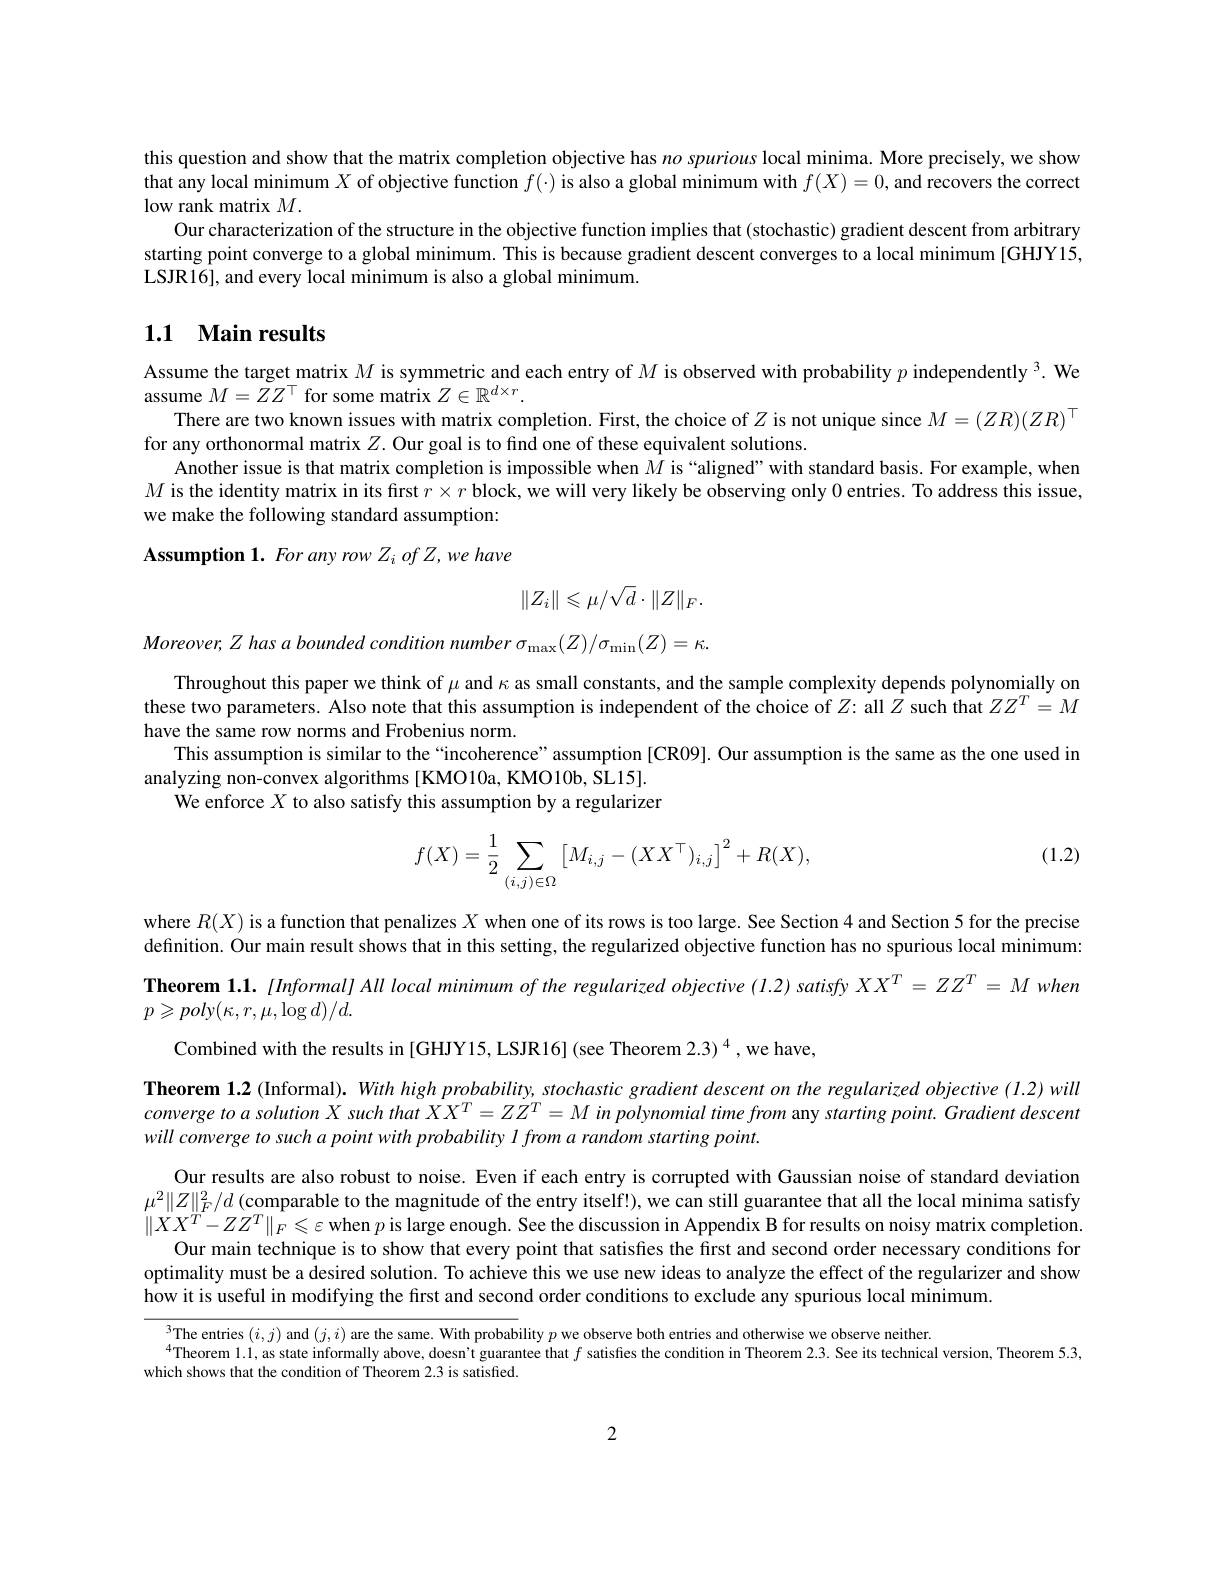
this question and show that the matrix completion objective has $no$ spurious local minima. More precisely, we show that any local minimum $X$ of objective function $f(\cdot)$ is also a global minimum with $f(X)=0$, and recovers the correct low rank matrix $M.$
Our characterization of the structure in the objective function implies that (stochastic) gradient descent from arbitrary starting point converge to a global minimum. This is because gradient descent converges to a local minimum [GHJY15, LSJR16], and every local minimum is also a global minimum.

# 1.1 Main results

Assume the target matrix $M$ is symmetric and each entry of $M$ is observed with probability $p\text{ independently }^3.$ We
assume $M=ZZ^\top$ for some matrix $Z\in\mathbb{R}^d\times r.$
There are two known issues with matrix completion. First, the choice of $Z$ is not unique since $M=(ZR)(ZR)^\top$
for any orthonormal matrix $Z.$ Our goal is to find one of these equivalent solutions.
Another issue is that matrix completion is impossible when $M$ is “aligned”with standard basis. For example, when $M$ is the identity matrix in its first $r\times r$ block, we will very likely be observing only 0 entries. To address this issue, we make the following standard assumption: Assumption 1. For any row $Z_{i}\textit{ of Z, we have}$
$$\|Z_i\|\leqslant\mu/\sqrt{d}\cdot\|Z\|_F.$$
$Moreover,Z$ has a bounded condition number $\sigma_{\mathrm{max}}(Z)/\sigma_{\mathrm{min}}(Z)=\kappa.$

Throughout this paper we think of $\mu$ and $\kappa$ as small constants, and the sample complexity depends polynomially on these two parameters. Also note that this assumption is independent of the choice of $Z:$ all $\hat{Z}$ such that $ZZ^T=M$ have the same row norms and Frobenius norm.
This assumption is similar to the “incoherence”assumption [CR09]. Our assumption is the same as the one used in
analyzing non-convex algorithms[KMO10a, KMO10b, SL15].
We enforce $X$ to also satisfy this assumption by a regularizer

(1.2)
$$f(X)=\dfrac{1}{2}\sum\limits_{(i,j)\in\Omega}\begin{bmatrix}M_{i,j}-(XX^\top)_{i,j}\end{bmatrix}^2+R(X),$$
Theorem 1.2 (Informal). With high probability, stochastic gradient descent on the regularized objective (1.2) will converge to a solution $X$ such that $XX^T=ZZ^T=M$ in polynomial time from any starting point. Gradient descent will converge to such a point with probability l from a random starting point.

where $R(X)$ is a function that penalizes $X$ when one of its rows is too large. See Section 4 and Section 5 for the precise definition. Our main result shows that in this setting, the regularized objective function has no spurious local minimum: Theorem 1.1. [Informal] All local minimum of the regularized objective (1.2) satisfy $XX^T=ZZ^T=M$ when $p\geqslant poly(\kappa,r,\mu,\log d)/d.$
Combined with the results in [GHJY15,LSJR16] (see Theorem 2.3) $^4$,we have,
Our results are also robust to noise. Even if each entry is corrupted with Gaussian noise of standard deviation $\mu^2\|Z\|_F^2/d$ (comparable to the magnitude of the entry itself!), we can still guarantee that all the local minima satisfy $\|XX^T-ZZ^T\|_F\leqslant\varepsilon$ when $p$ is large enough. See the discussion in Appendix B for results on noisy matrix completion.
Our main technique is to show that every point that satisfies the first and second order necessary conditions for optimality must be a desired solution. To achieve this we use new ideas to analyze the effect of the regularizer and show how it is useful in modifying the first and second order conditions to exclude any spurious local minimum.
$\operatorname*{\text{The entries }}(i,j)$ and $(j,i)$ are the same. With probability $p$ we observe both entries and otherwise we observe neither.

$^{4}$Theorem 1.l, as state informally above, doesn't guarantee that $f$ satisfies the condition in Theorem 2.3. See its technical version, Theorem 5.3,
which shows that the condition of Theorem 2.3 is satisfied

2